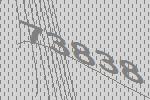
73838